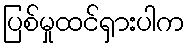
ပြစ်မှုထင်ရှားပါက